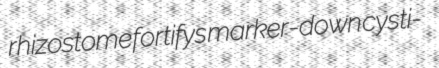
rhizostome fortifys marker-down cysti-